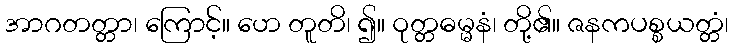
အာဂတတ္တာ၊ ကြောင့်။ ဟေ တူတိ၊ ၍။ ဝုတ္တဓမ္မနံ၊ တို့၏။ ဇနကပစ္စယတ္တံ၊